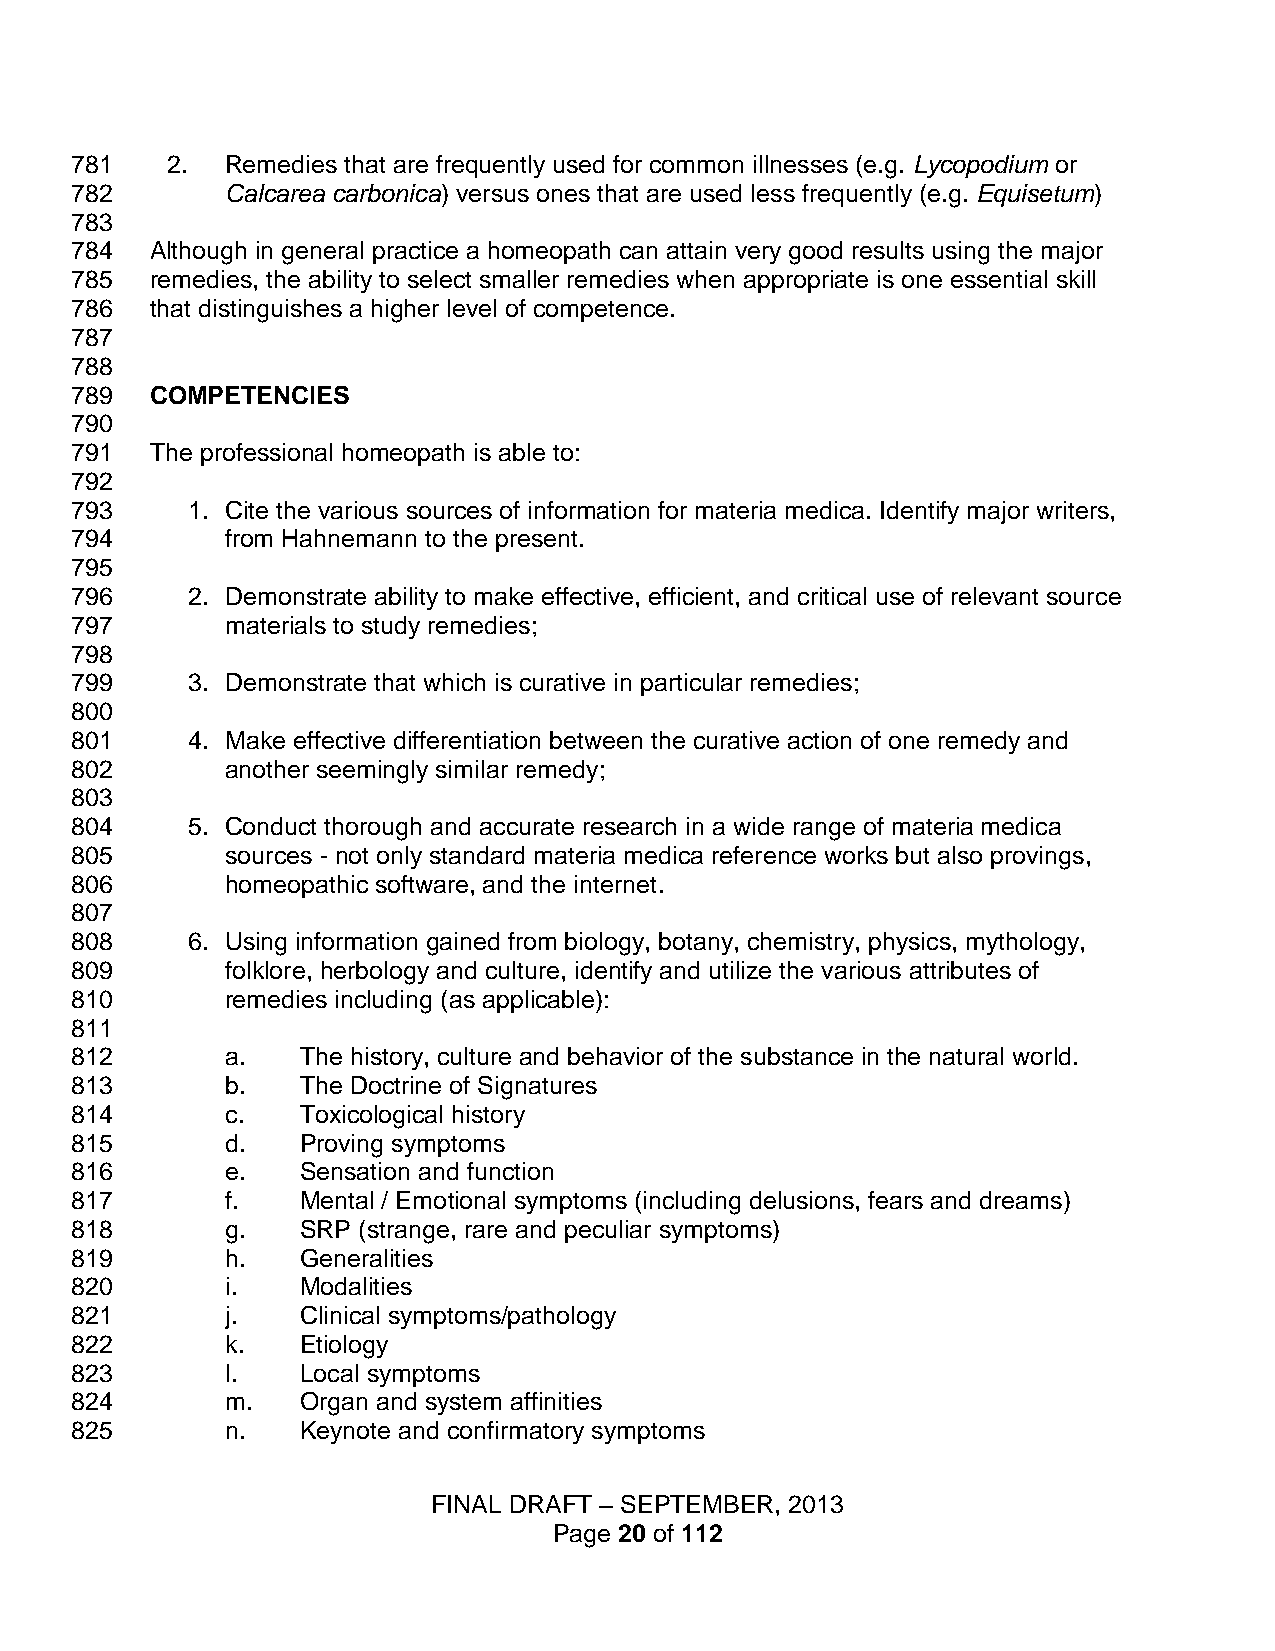
781   2.  Remedies that are frequently used for common illnesses (e.g. Lycopodium or
 782       Calcarea carbonica) versus ones that are used less frequently (e.g. Equisetum)
 783
 784  Although in general practice a homeopath can attain very good results using the major
 785  remedies, the ability to select smaller remedies when appropriate is one essential skill
 786  that distinguishes a higher level of competence.
 787
 788
 789  COMPETENCIES
 790
 791  The professional homeopath is able to:
 792
 793    1. Cite the various sources of information for materia medica. Identify major writers,
 794       from Hahnemann to the present.
 795
 796    2. Demonstrate ability to make effective, efficient, and critical use of relevant source
 797       materials to study remedies;
 798
 799    3. Demonstrate that which is curative in particular remedies;
 800
 801    4. Make effective differentiation between the curative action of one remedy and
 802       another seemingly similar remedy;
 803
 804    5. Conduct thorough and accurate research in a wide range of materia medica
 805       sources - not only standard materia medica reference works but also provings,
 806       homeopathic software, and the internet.
 807
 808    6. Using information gained from biology, botany, chemistry, physics, mythology,
 809       folklore, herbology and culture, identify and utilize the various attributes of
 810       remedies including (as applicable):
 811
 812       a.   The history, culture and behavior of the substance in the natural world.
 813       b.   The Doctrine of Signatures
 814       c.   Toxicological history
 815       d.   Proving symptoms
 816       e.   Sensation and function
 817       f.   Mental / Emotional symptoms (including delusions, fears and dreams)
 818       g.   SRP (strange, rare and peculiar symptoms)
 819       h.   Generalities
 820       i.   Modalities
 821       j.   Clinical symptoms/pathology
 822       k.   Etiology
 823       l.   Local symptoms
 824       m.   Organ and system affinities
 825       n.   Keynote and confirmatory symptoms
 FINAL DRAFT – SEPTEMBER, 2013
 Page 20 of 112